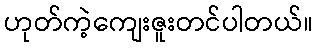
ဟုတ်ကဲ့ကျေးဇူးတင်ပါတယ်။